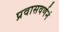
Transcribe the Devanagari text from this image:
प्रवासवर्णनं